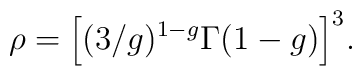
\rho=\Big[(3/g)^{1-g}\Gamma(1-g)\Big]^3.